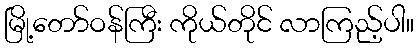
မြို့တော်ဝန်ကြီး ကိုယ်တိုင် လာကြည့်ပါ။